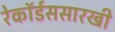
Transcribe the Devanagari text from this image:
रेकॉर्डससारखी